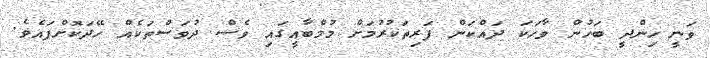
ވަނީ ހިންދީ ބަހުން ވާހަކަ ދައްކަން ފަރިތަކުރުމަށް މުމްބާއީގައި ވެސް ދުވަސްތަކެއް ހޭދަކޮށްފައެވެ.